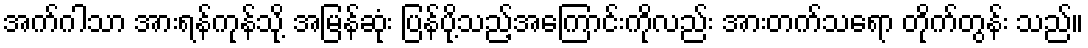
အက်ဂါသာ အားရန်ကုန်သို့ အမြန်ဆုံး ပြန်ပို့သည့်အကြောင်းကိုလည်း အားတက်သရော တိုက်တွန်း သည်။